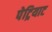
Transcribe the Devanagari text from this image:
पेट्रियाट